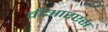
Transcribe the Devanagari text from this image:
वीआरएस